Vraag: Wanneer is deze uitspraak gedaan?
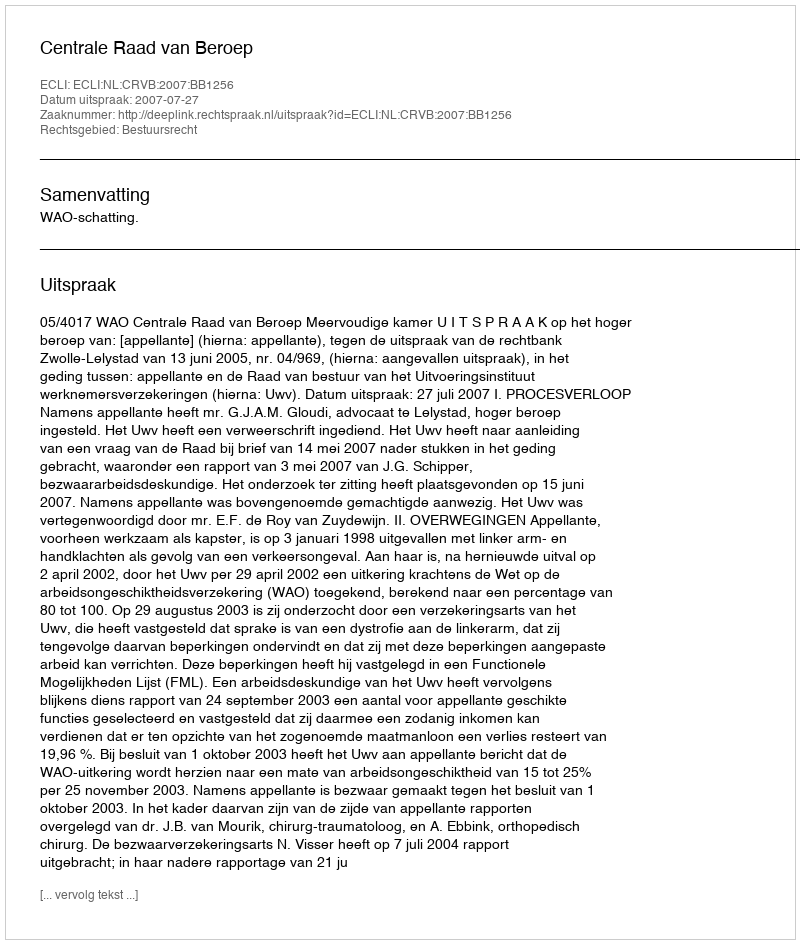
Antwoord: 2007-07-27